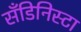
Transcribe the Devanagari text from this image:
सँडिनिस्टा